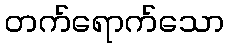
တက်ရောက်သော